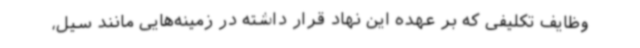
وظایف تکلیفی که بر عهده این نهاد قرار داشته در زمینه‌هایی مانند سیل،